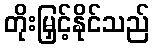
တိုးမြှင့်နိုင်သည်